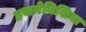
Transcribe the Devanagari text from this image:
हखमेनिशिया